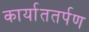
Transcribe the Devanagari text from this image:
कार्याततर्पण